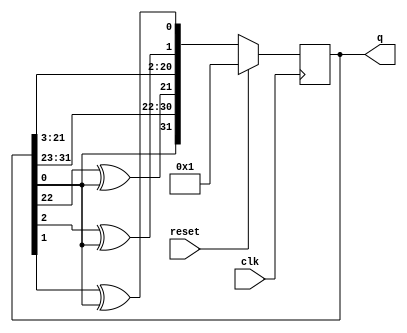
module top_module(
    input clk,
    input reset,    // Active-high synchronous reset to 32'h1
    output [31:0] q
); 

    reg [31:0] next_q;
    
    always @(*) begin
        next_q = q[31:1];  // 右移一位
        next_q[31] = q[0];  // q[0] ^ 0化簡
        next_q[21] = q[22] ^ q[0];
        next_q[1] = q[2] ^ q[0];
        next_q[0] = q[1] ^ q[0];
    end

    always @(posedge clk) begin
        if (reset) begin
            q <= 32'd1;
        end
        else begin
            q <= next_q;
        end
    end

    /*
    always @(posedge clk) begin
        if (reset) begin
            q <= 32'd1;
        end
        else begin
            q[31] <= 1'b0 ^ q[0];
            q[30:22] <= q[31:23];
            q[21] <= q[22] ^ q[0];
            q[20:2] <= q[21:3];
            q[1] <= q[0] ^ q[2];
            q[0] <= q[1] ^ q[0];
        end
    end
    */

endmodule